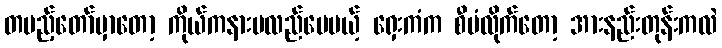
တပည့်တော်မှာတော့ ကိုယ်ကနားမလည်ပေမယ့် ရှေးကံက စီမံလိုက်တော့ အားနည်းတုန်းကလဲ